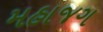
મહાજગ